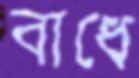
বাধে